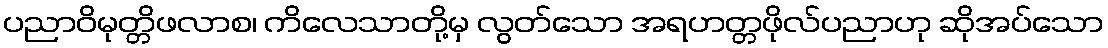
ပညာဝိမုတ္တိဖလာစ၊ ကိလေသာတို့မှ လွတ်သော အရဟတ္တဖိုလ်ပညာဟု ဆိုအပ်သော